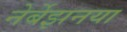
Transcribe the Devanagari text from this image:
नेर्बेझनया